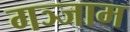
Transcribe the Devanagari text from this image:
गञ्जाम